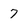
Character: 7